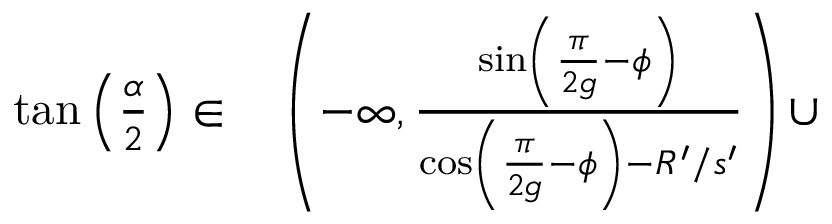
\begin{array} { r l } { \tan \left( \frac { \alpha } { 2 } \right) \in } & { { } \left( - \infty , \frac { \sin \left( \frac { \pi } { 2 g } - \phi \right) } { \cos \left( \frac { \pi } { 2 g } - \phi \right) - R ^ { \prime } / s ^ { \prime } } \right) \cup } \end{array}